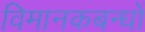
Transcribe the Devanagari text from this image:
विमानकबन्धों